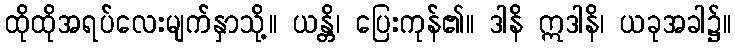
ထိုထိုအရပ်လေးမျက်နှာသို့။ ယန္တိ၊ ပြေးကုန်၏။ ဒါနိ ဣဒါနိ၊ ယခုအခါ၌။